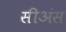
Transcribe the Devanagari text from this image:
सीअंस